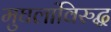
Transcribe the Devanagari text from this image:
मुघलांविरुद्ध